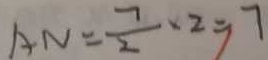
A N = \frac { 7 } { 2 } \times 2 = 7